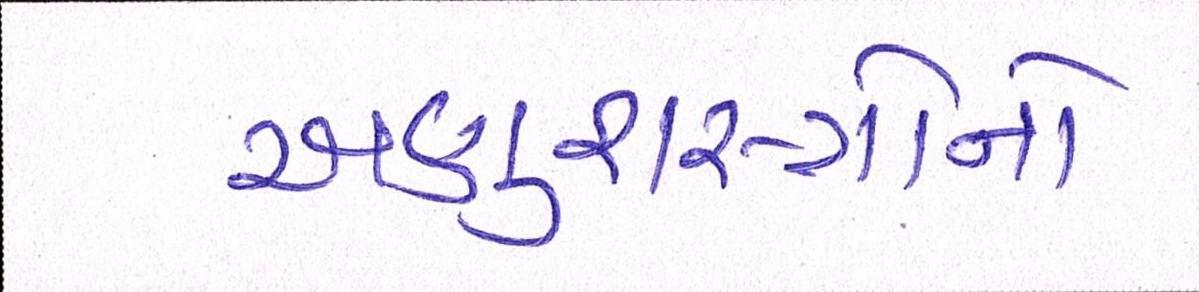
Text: અણુશસ્ત્રોનો